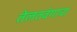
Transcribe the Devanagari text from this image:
तेलतवंगाचा